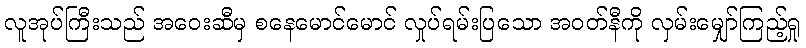
လူအုပ်ကြီးသည် အဝေးဆီမှ စနေမောင်မောင် လှုပ်ရမ်းပြသော အဝတ်နီကို လှမ်းမျှော်ကြည့်ရှု